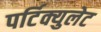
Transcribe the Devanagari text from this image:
पर्टिक्युलेट